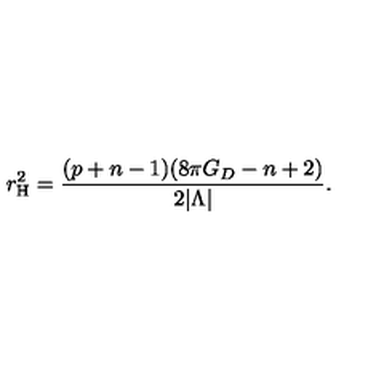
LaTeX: r _ { \mathrm { H } } ^ { 2 } = \frac { ( p + n - 1 ) ( 8 \pi G _ { D } - n + 2 ) } { 2 | \Lambda | } .